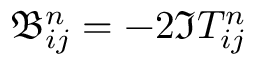
\mathfrak { B } _ { i j } ^ { n } = - 2 \Im T _ { i j } ^ { n }